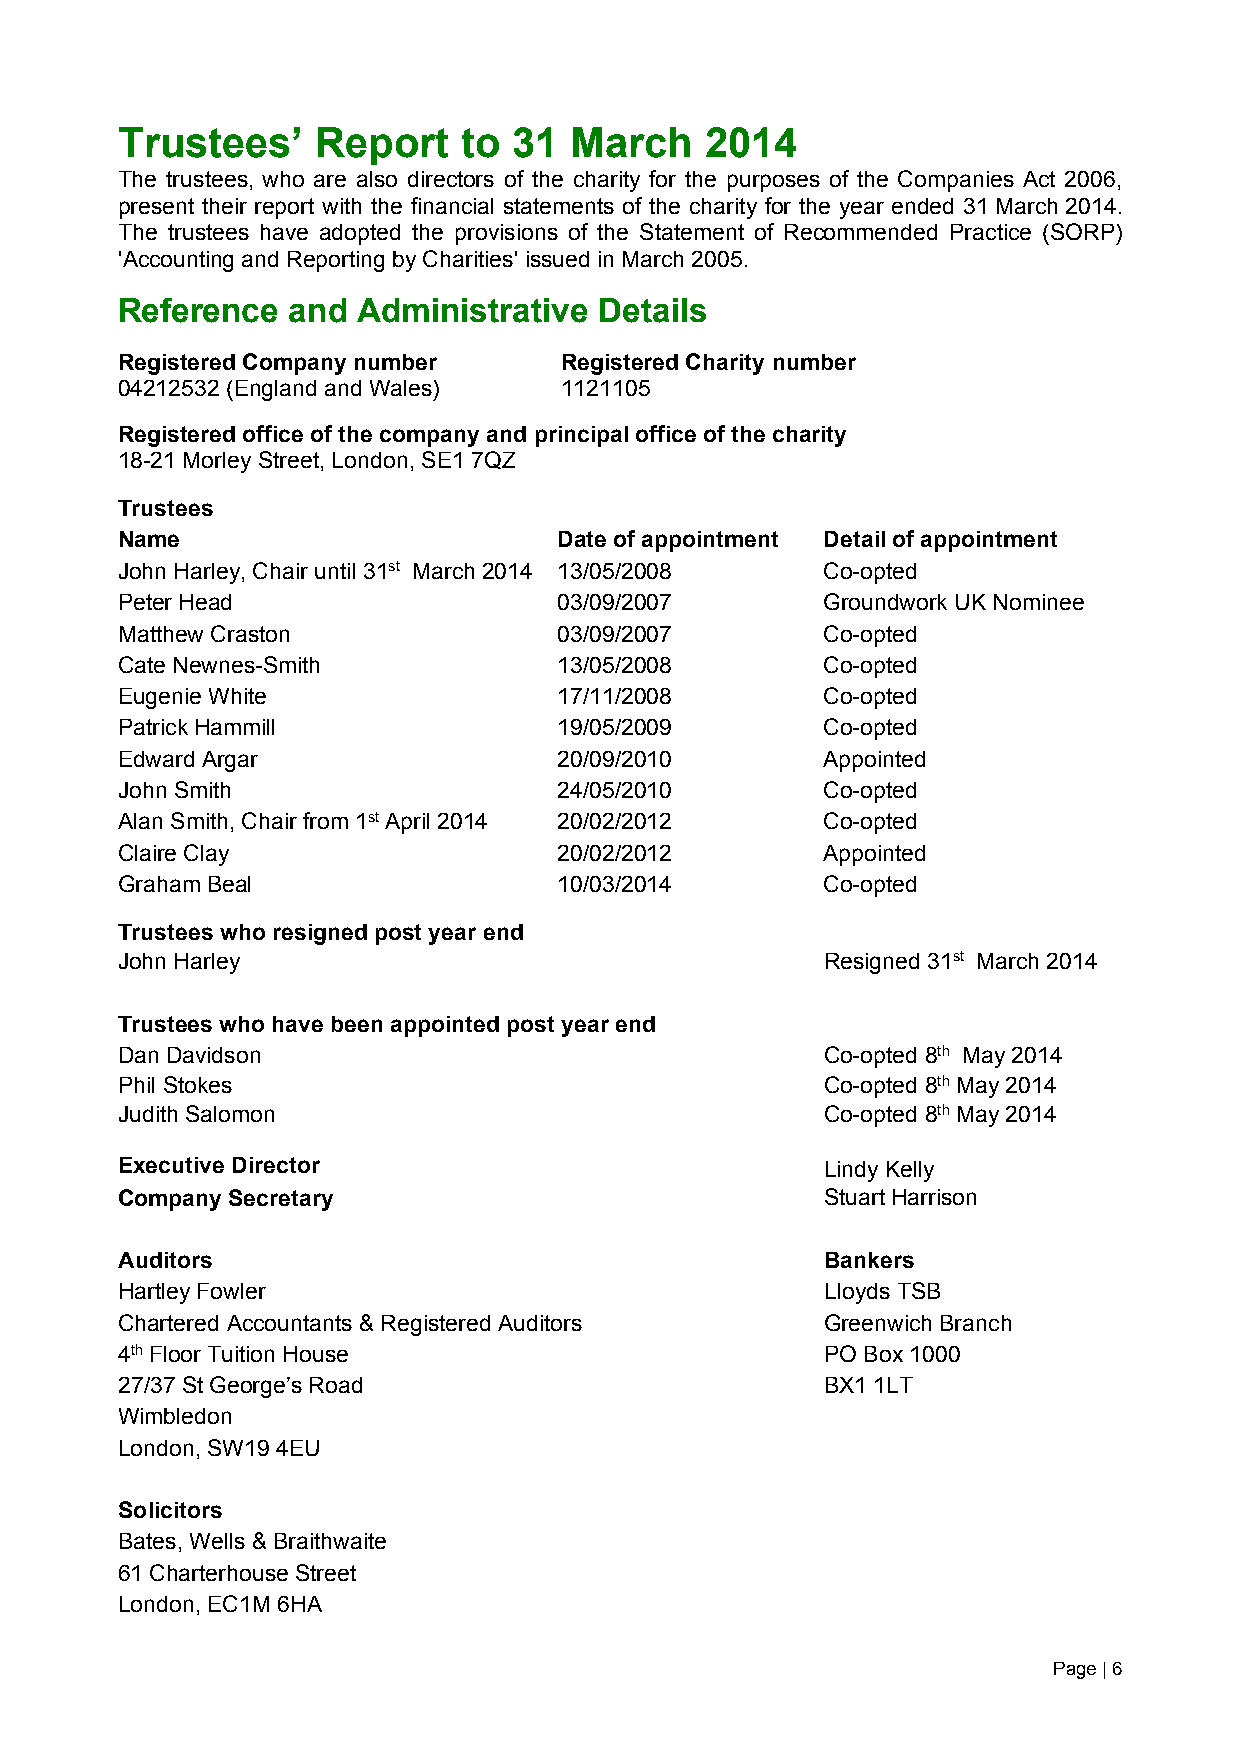
Trustees’    Report    to 31  March    2014
 The trustees, who are also directors of the charity for the purposes of the Companies Act 2006,
 present their report with the financial statements of the charity for the year ended 31 March 2014.
 The trustees have adopted the provisions of the Statement of Recommended Practice (SORP)
 'Accounting and Reporting by Charities' issued in March 2005.
 Reference  and  Administrative  Details
 Registered Company number    Registered Charity number
 04212532 (England and Wales) 1121105
 Registered office of the company and principal office of the charity
 18-21 Morley Street, London, SE1 7QZ
 Trustees
 Name                         Date of appointment Detail of appointment
 John Harley, Chair until 31st March 2014 13/05/2008 Co-opted
 Peter Head                   03/09/2007        Groundwork UK Nominee
 Matthew Craston              03/09/2007        Co-opted
 Cate Newnes-Smith            13/05/2008        Co-opted
 Eugenie White                17/11/2008        Co-opted
 Patrick Hammill              19/05/2009        Co-opted
 Edward Argar                 20/09/2010        Appointed
 John Smith                   24/05/2010        Co-opted
 Alan Smith, Chair from 1st April 2014 20/02/2012 Co-opted
 Claire Clay                  20/02/2012        Appointed
 Graham Beal                  10/03/2014        Co-opted
 Trustees who resigned post year end
 John Harley                                    Resigned 31st March 2014
 Trustees who have been appointed post year end
 Dan Davidson                                   Co-opted 8th May 2014
 Phil Stokes                                    Co-opted 8th May 2014
 Judith Salomon                                 Co-opted 8th May 2014
 Executive Director                             Lindy Kelly
 Company Secretary                              Stuart Harrison
 Auditors                                       Bankers
 Hartley Fowler                                 Lloyds TSB
 Chartered Accountants & Registered Auditors    Greenwich Branch
 4th Floor Tuition House                        PO Box 1000
 27/37 St George’s Road                         BX1 1LT
 Wimbledon
 London, SW19 4EU
 Solicitors
 Bates, Wells & Braithwaite
 61 Charterhouse Street
 London, EC1M 6HA
 Page | 6